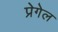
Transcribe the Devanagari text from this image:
प्रेगेल